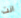
انت